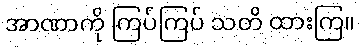
အာဏာကို ကြပ်ကြပ် သတိ ထားကြ။